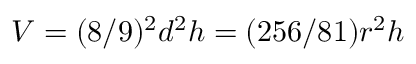
V = ( 8 / 9 ) ^ { 2 } d ^ { 2 } h = ( 2 5 6 / 8 1 ) r ^ { 2 } h